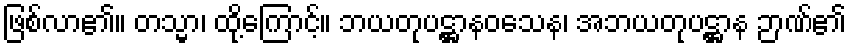
ဖြစ်လာ၏။ တသ္မာ၊ ထို့ကြောင့်။ ဘယတုပဋ္ဌာနဝသေန၊ အဘယတုပဋ္ဌာန ဉာဏ်၏